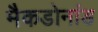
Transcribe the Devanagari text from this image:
मैकडोनांड